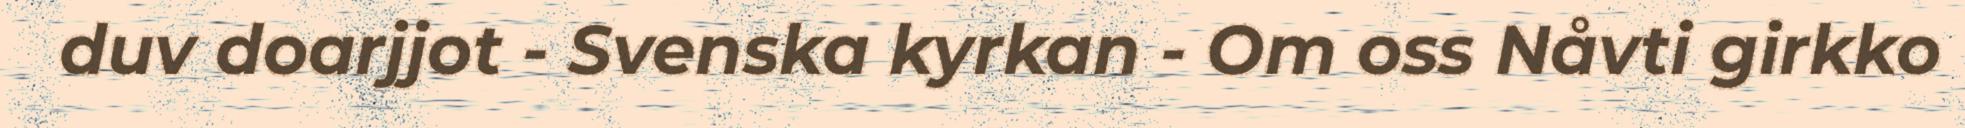
duv doarjjot - Svenska kyrkan - Om oss Nåvti girkko